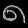
Digit: ၈